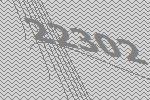
22302